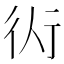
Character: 𧗟